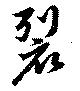
裂